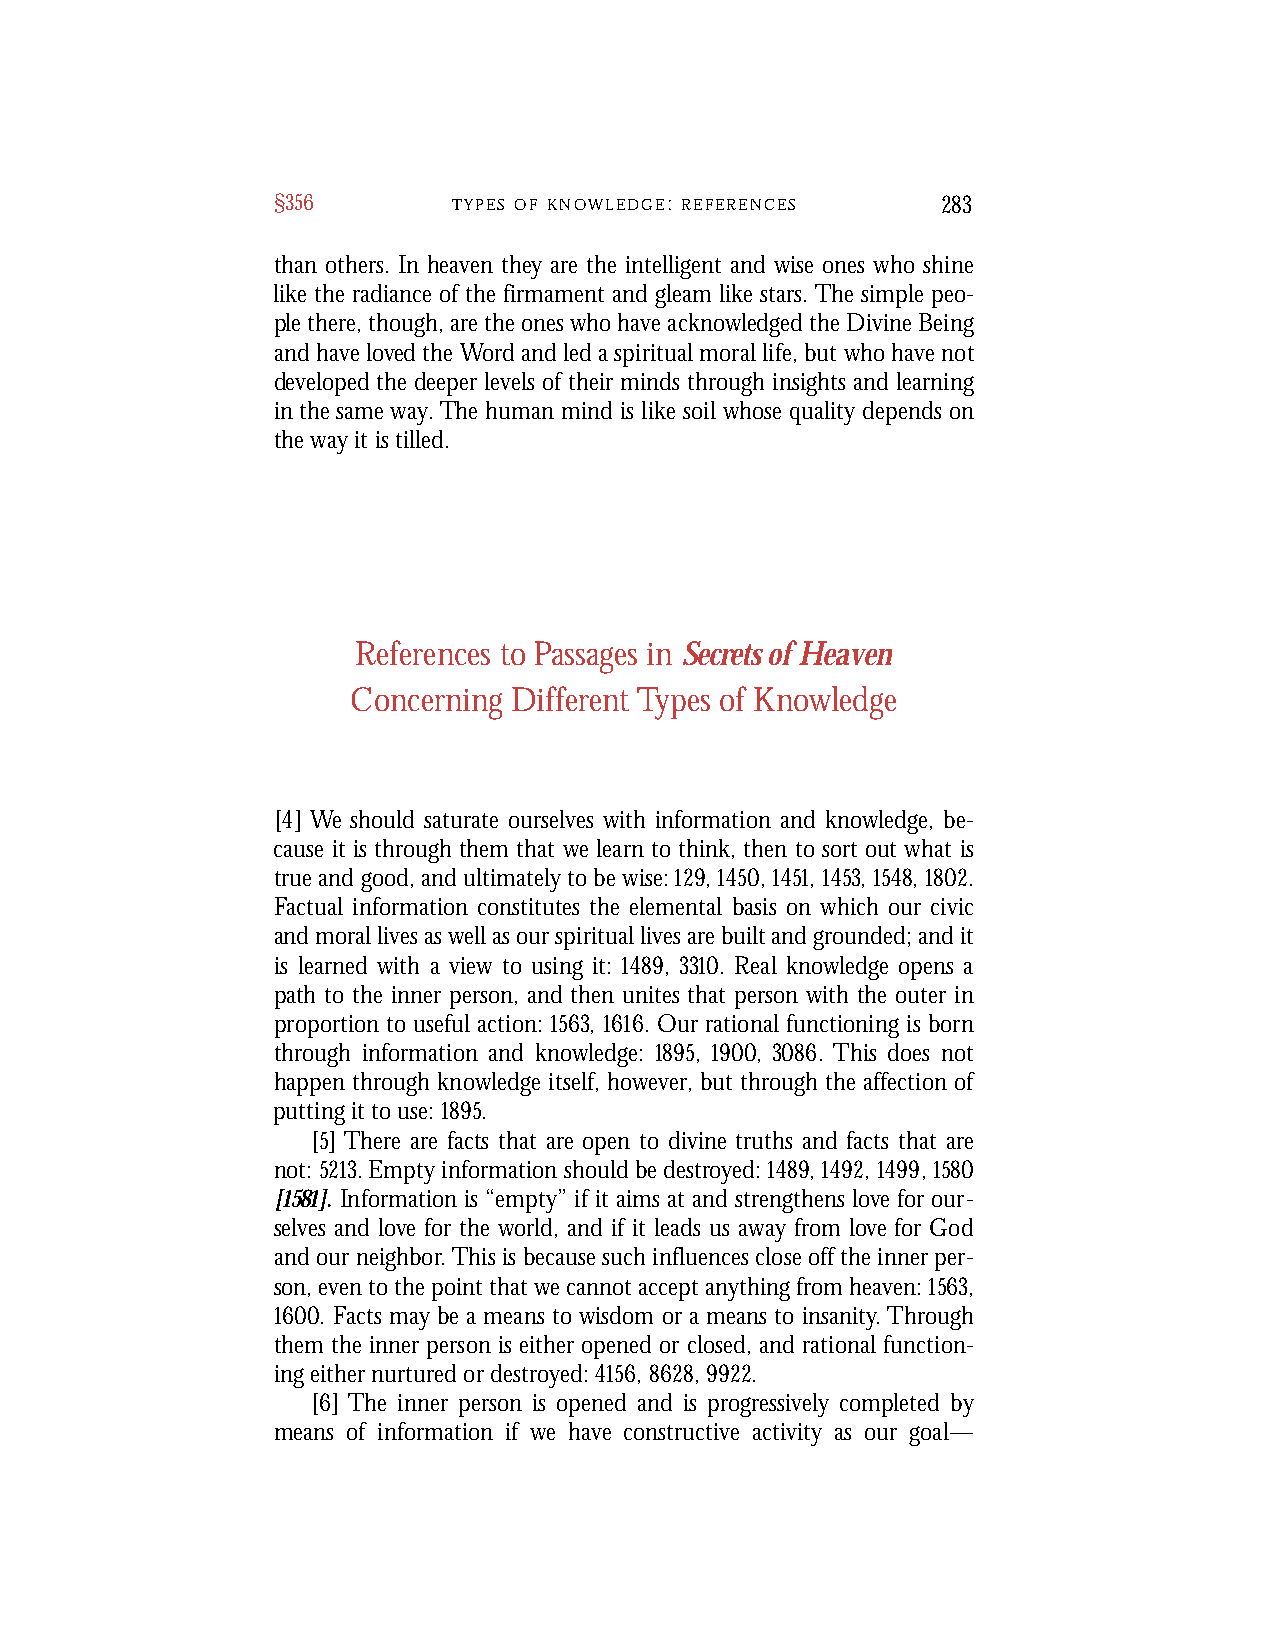
§356        T Y P E S O F K N O W L E D G E: R E F E R E N C E S 283
 than others. In heaven they are the intelligent and wise ones who shine
 like the radiance of the firmament and gleam like stars. The simple peo-
 ple there, though, are the ones who have acknowledged the Divine Being
 and have loved the Word and led a spiritual moral life, but who have not
 developed the deeper levels of their minds through insights and learning
 in the same way.The human mind is like soil whose quality depends on
 the way it is tilled.
 References to Passages in Secrets of Heaven
 Concerning Different Types of Knowledge
 [4] We should saturate ourselves with information and knowledge, be-
 cause it is through them that we learn to think, then to sort out what is
 true and good, and ultimately to be wise: 129,1450,1451,1453,1548,1802.
 Factual information constitutes the elemental basis on which our civic
 and moral lives as well as our spiritual lives are built and grounded; and it
 is learned with a view to using it: 1489, 3310. Real knowledge opens a
 path to the inner person, and then unites that person with the outer in
 proportion to useful action: 1563, 1616. Our rational functioning is born
 through information and knowledge: 1895, 1900, 3086. This does not
 happen through knowledge itself, however, but through the affection of
 putting it to use: 1895.
 [5] There are facts that are open to divine truths and facts that are
 not: 5213. Empty information should be destroyed: 1489,1492,1499,1580
 [1581]. Information is “empty” if it aims at and strengthens love for our-
 selves and love for the world, and if it leads us away from love for God
 and our neighbor.This is because such influences close off the inner per-
 son, even to the point that we cannot accept anything from heaven: 1563,
 1600. Facts may be a means to wisdom or a means to insanity.Through
 them the inner person is either opened or closed, and rational function-
 ing either nurtured or destroyed: 4156, 8628, 9922.
 [6] The inner person is opened and is progressively completed by
 means of information if we have constructive activity as our goal—